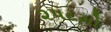
૨૫૮મો